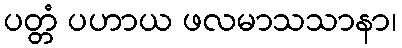
ပတ္တံ ပဟာယ ဖလမာသသာနာ၊